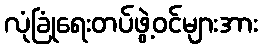
လုံခြုံရေးတပ်ဖွဲ့ဝင်များအား